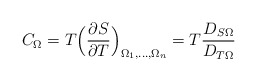
\begin{align*}C_\Omega = T \Big( \frac{\partial S}{\partial T}\Big)_{\Omega_1,...,\Omega_n} = T\frac{D_{S \Omega }}{D_{T\Omega}}\end{align*}